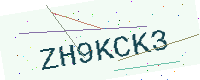
Text: ZH9KCK3